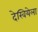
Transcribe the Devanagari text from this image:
देखियेला